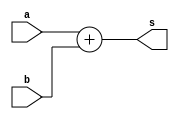
`timescale 10ms / 1ms

module adder8(s,a,b);

input [7:0] a,b;

output [8:0] s;


assign s = a+b;

endmodule